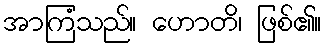
အာကြံသည်။ ဟောတိ၊ ဖြစ်၏။